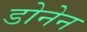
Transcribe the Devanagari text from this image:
डोनेन